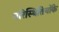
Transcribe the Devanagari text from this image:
परिस्थितियोंके